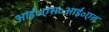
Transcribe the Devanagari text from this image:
आई॰एस॰आई॰एल